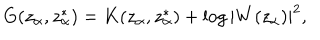
G ( z _ { \alpha } , z _ { \alpha } ^ { * } ) = K ( z _ { \alpha } , z _ { \alpha } ^ { * } ) + \log | W ( z _ { \alpha } ) | ^ { 2 } ,